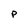
Character: P